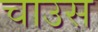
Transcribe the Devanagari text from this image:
चाउस